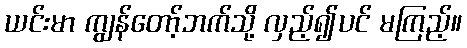
ယင်းမာ ကျွန်တော့်ဘက်သို့ လှည့်၍ပင် မကြည့်။